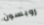
روبسون